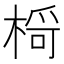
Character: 𪲾